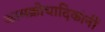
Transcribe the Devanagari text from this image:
कामक्रोधादिकांनीं